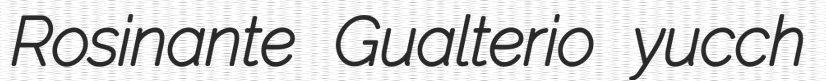
Rosinante Gualterio yucch